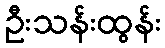
ဦးသန်းထွန်း